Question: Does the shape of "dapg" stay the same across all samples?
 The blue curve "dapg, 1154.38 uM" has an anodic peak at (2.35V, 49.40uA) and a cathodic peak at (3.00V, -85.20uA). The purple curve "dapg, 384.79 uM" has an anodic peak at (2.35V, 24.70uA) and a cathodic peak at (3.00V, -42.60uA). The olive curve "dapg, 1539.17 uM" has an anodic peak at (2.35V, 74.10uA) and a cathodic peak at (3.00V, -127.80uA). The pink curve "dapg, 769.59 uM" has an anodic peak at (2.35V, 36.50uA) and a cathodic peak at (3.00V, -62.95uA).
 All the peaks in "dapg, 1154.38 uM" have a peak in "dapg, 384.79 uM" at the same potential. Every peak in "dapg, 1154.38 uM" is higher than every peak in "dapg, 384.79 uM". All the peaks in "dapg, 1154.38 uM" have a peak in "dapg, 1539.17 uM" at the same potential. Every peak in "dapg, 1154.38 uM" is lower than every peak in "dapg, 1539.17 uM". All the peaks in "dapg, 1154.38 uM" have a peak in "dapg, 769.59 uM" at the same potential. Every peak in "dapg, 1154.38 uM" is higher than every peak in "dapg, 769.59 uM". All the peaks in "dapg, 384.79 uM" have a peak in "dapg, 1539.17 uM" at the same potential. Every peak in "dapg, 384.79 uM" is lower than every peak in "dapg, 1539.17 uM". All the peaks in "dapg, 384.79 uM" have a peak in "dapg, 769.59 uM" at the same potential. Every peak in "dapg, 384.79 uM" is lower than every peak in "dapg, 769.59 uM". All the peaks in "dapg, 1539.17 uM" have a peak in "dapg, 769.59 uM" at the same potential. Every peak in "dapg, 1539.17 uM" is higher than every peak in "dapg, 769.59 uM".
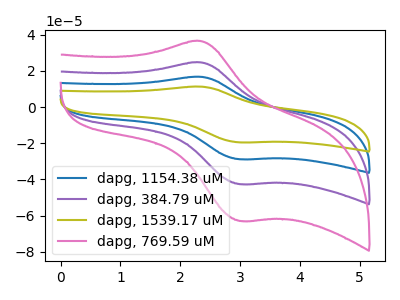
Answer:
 <answer>All the CV's of "dapg" have similar shape.</answer>
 <eval>follow_rule</eval>